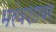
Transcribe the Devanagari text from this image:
भरंवशावर